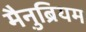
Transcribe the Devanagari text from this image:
मैनुब्रियम